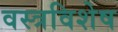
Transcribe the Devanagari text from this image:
वस्त्रविशेष